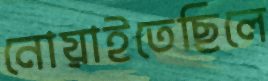
নোয়াইতেছিলে